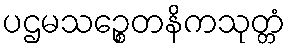
ပဌမသဉ္စေတနိကသုတ္တံ